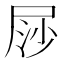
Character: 𡱳